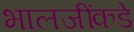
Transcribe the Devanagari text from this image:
भालजींकडे